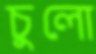
চুলো